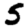
Digit: 5